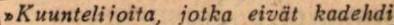
>>Kuuntelijoita, jotka eivät kadehdi